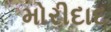
મોરીદાદ